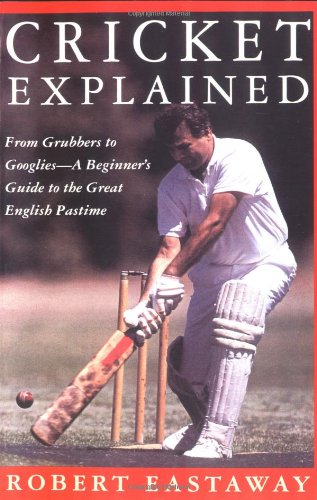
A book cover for Cricket Explained; Robert Eastaway; Sports & Outdoors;